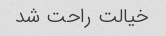
خیالت راحت شد